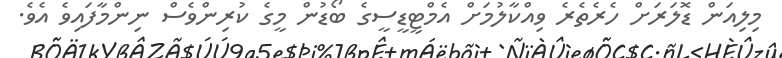
މިލިއަން ޑޮލަރަށް ހެރެތެރެ ވިއްކާލުމަށް އެމްޓީޑީސީގެ ބޯޑުން މީގެ ކުރިންވެސް ނިންމާފައިވެ އެވެ.